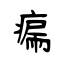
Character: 瘺